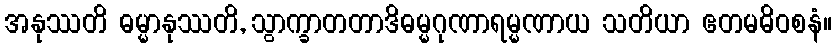
အနုဿတိ ဓမ္မာနုဿတိ, သွာက္ခာတတာဒိဓမ္မဂုဏာရမ္မဏာယ သတိယာ ဧတမဓိဝစနံ။